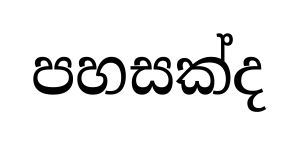
පහසක්ද